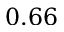
0 . 6 6